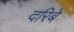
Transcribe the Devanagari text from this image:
दरिबे